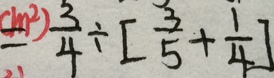
= \frac { 3 } { 4 } \div [ \frac { 3 } { 5 } + \frac { 1 } { 4 } ]